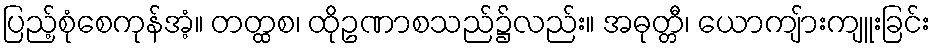
ပြည့်စုံစေကုန်အံ့။ တတ္ထစ၊ ထိုဥဏာစသည်၌လည်း။ အဓုတ္တီ၊ ယောကျ်ားကျူးခြင်း